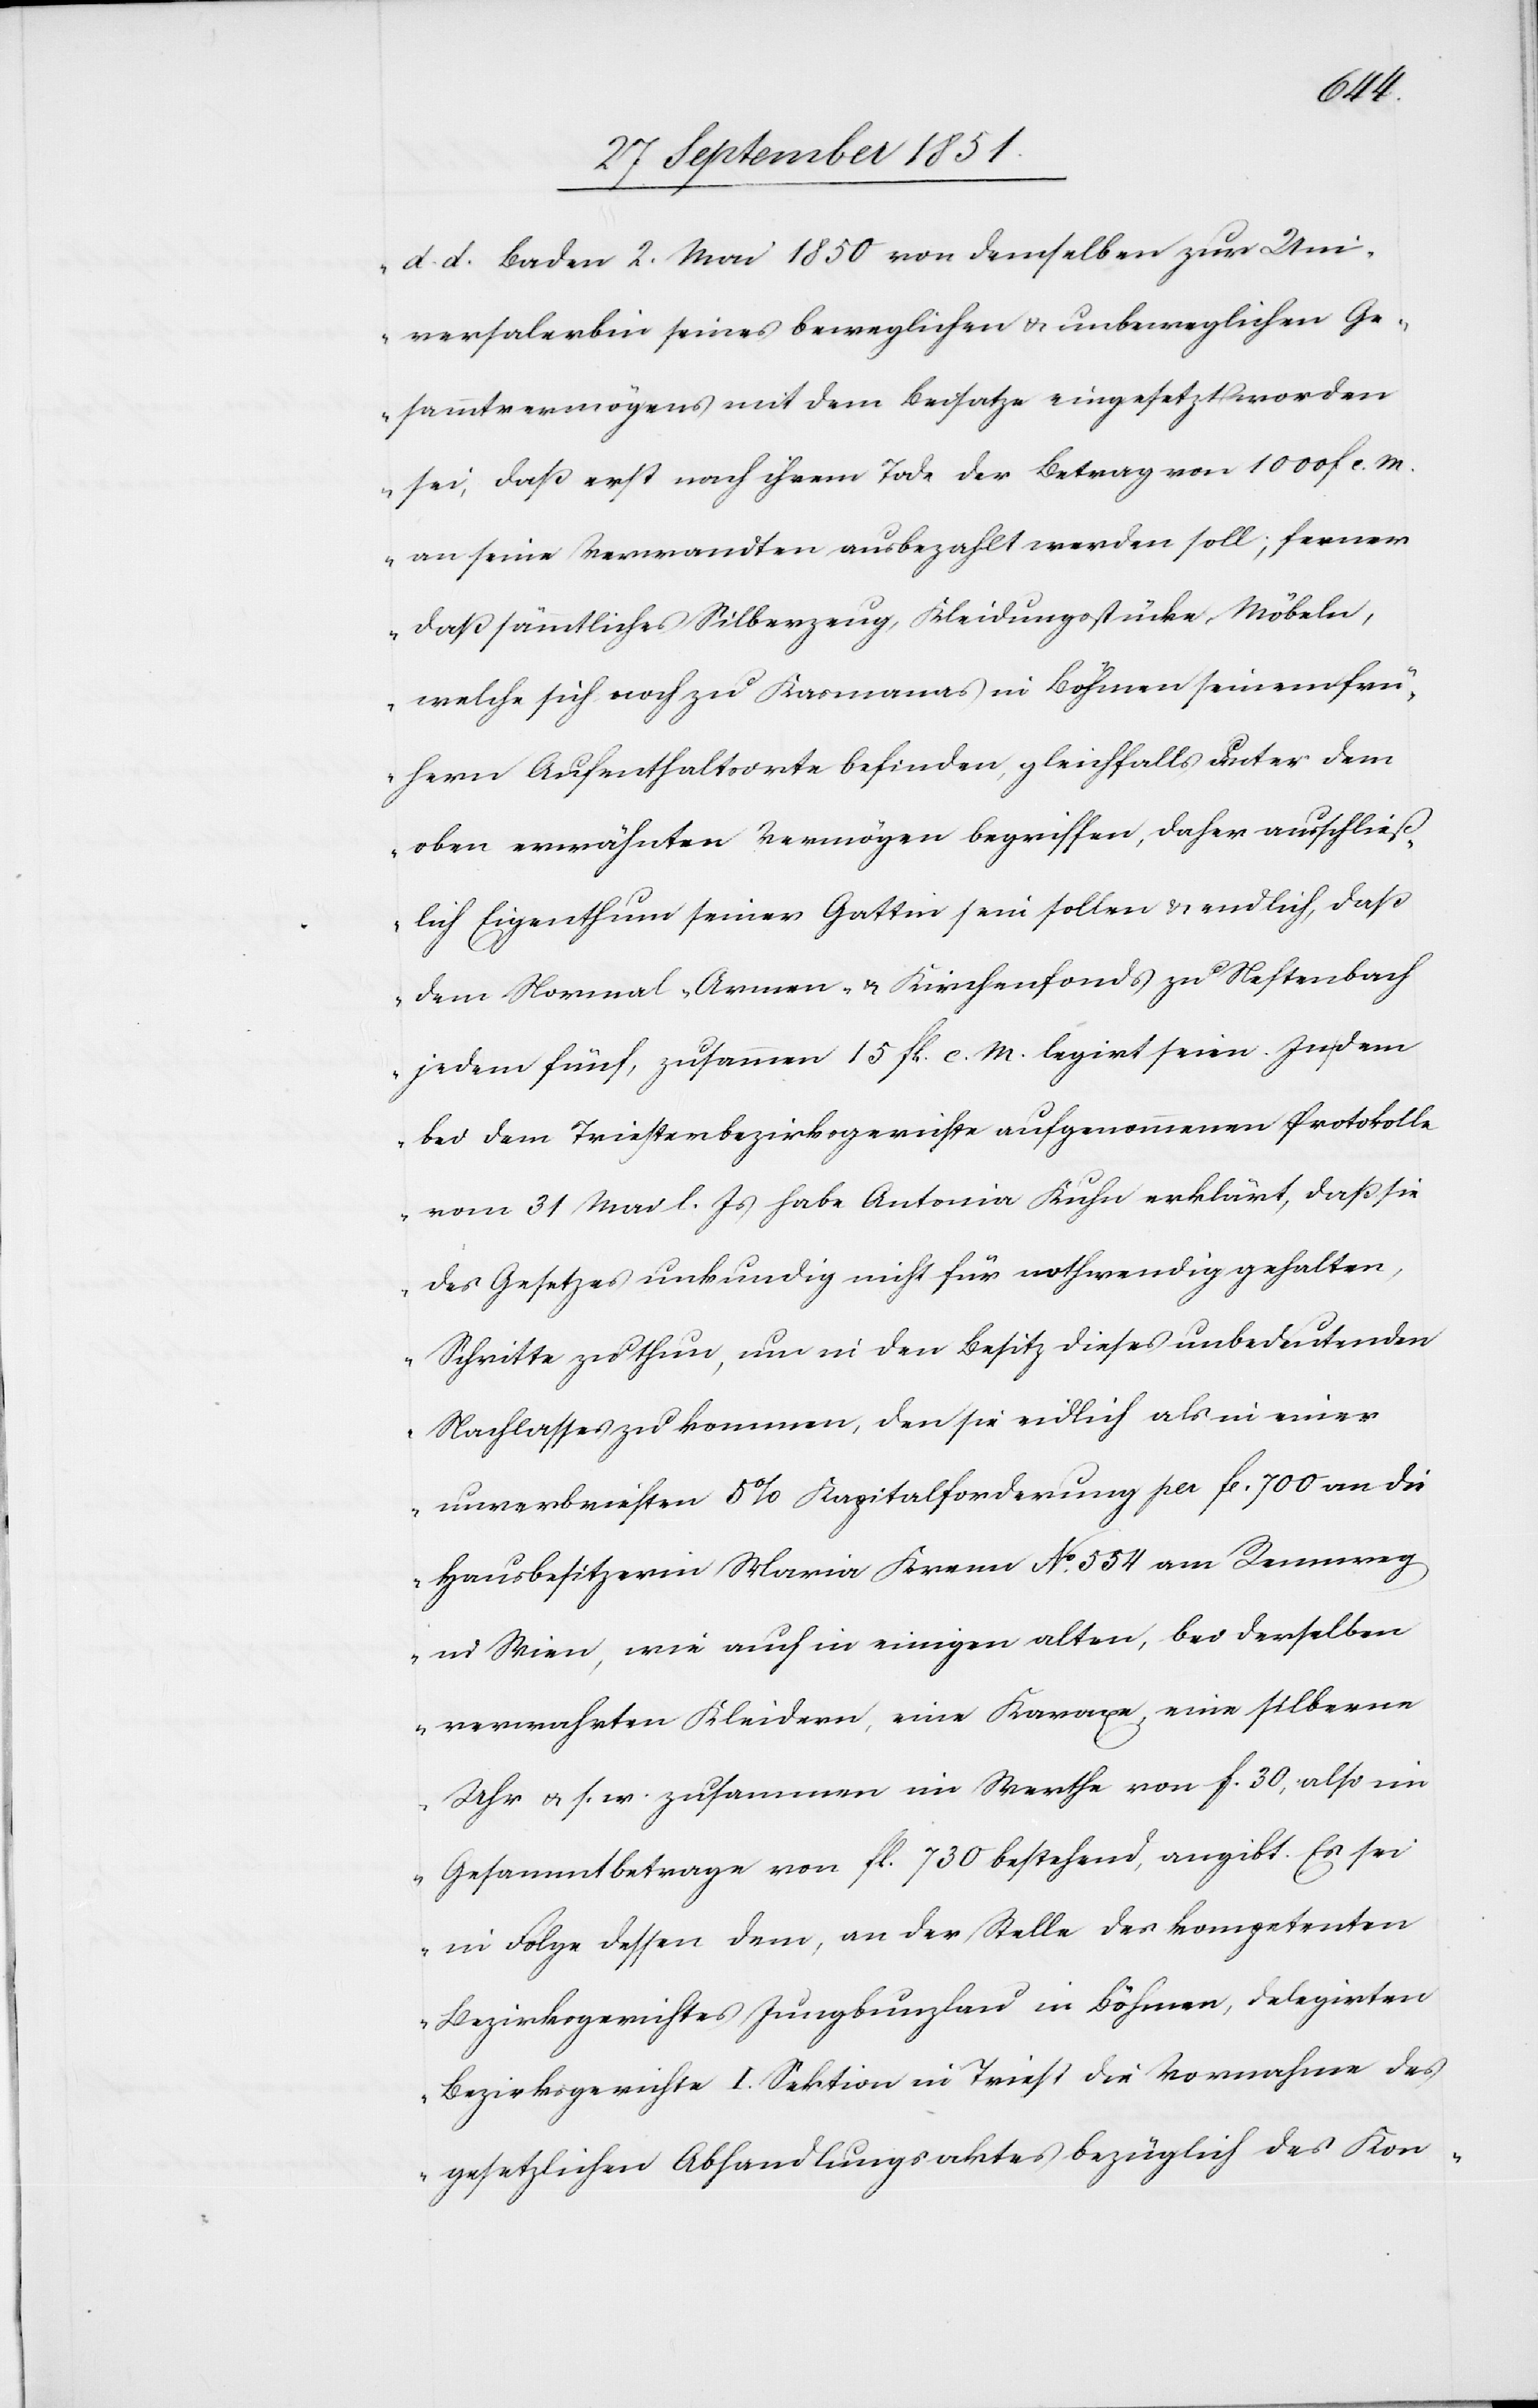
d. d. Baden 2. Mai 1850 von demselben zur Uni¬
versalerbin seines beweglichen & unbeweglichen Ge¬
sammtvermögens mit dem Beisatze eingesetzt worden
sei, daß erst nach ihrem Tode der Betrag von 1000 f c. M.
an seine Verwandten ausbezahlt werden soll; ferner
daß sämmtliches Silberzeug, Kleidungsstücke, Möbeln,
welche sich noch zu Kasmanas in Böhmen seinem frü¬
hern Aufenthaltsorte befinden, gleichfalls unter dem
oben erwähnten Vermögen begriffen, daher ausschließ¬
lich Eigenthum seiner Gattin sein sollen & endlich, daß
dem Normal-[,] Armen- & Kirchenfonds zu Neftenbach
jedem fünf, zusammen 15 fl. c. M. legirt seien. In dem
bei dem Triesterbezirksgerichte aufgenommenen Protokolle
vom 31 Mai l. Js habe Antonia Kuhn erklärt, daß sie
des Gesetzes unkundig nicht für nothwendig gehalten,
Schritte zu thun, um in den Besitz dieses unbedeutenden
Nachlasses zu kommen, den sie endlich als in einer
unverbrieften 5% Kapitalforderung per fl. 700 an die
Hausbesitzerin Maria Krenn No. 554 am Rennweg
in Wien, wie auch in einigen alten, bei derselben
verwahrten Kleidern, eine Karaxe, eine silberne
Uhr & s. w. zusammen im Werthe von f. 30, also im
Gesammtbetrage von fl. 730 bestehend, angibt. Es sei
in Folge dessen dem, an der Stelle des kompetenten
Bezirksgerichtes Jungbunzland in Böhmen, delegirten
Bezirksgerichte I. Sektion in Triest die Vornahme des
gesetzlichen Abhandlungsaktes bezüglich des Kon-